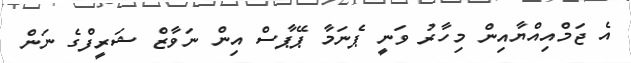
އެ ޖަމްއިއްޔާއިން މިހާރު ވަނީ ޕެނަމާ ޕޭޕާސް އިން ނަވާޒް ޝަރީފްގެ ނަން